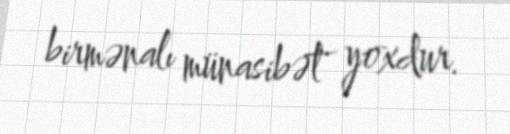
birmənalı münasibət yoxdur.